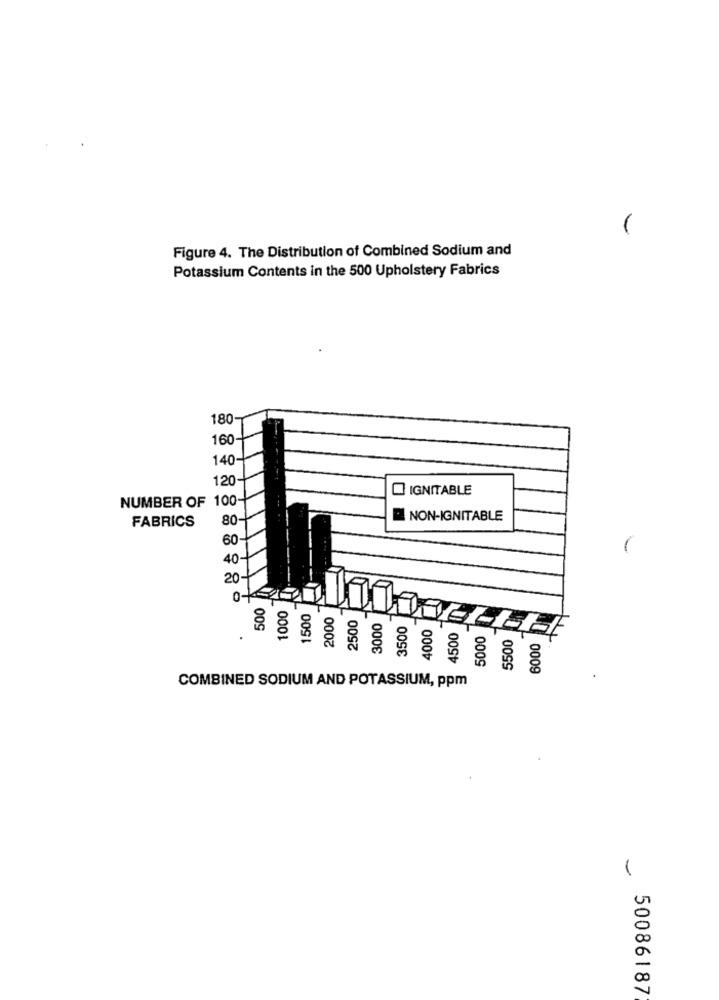
1
Figure 4. The Distribution of Combined Sodium and
Potassium Contents in the 500 Upholstery Fabrics
180-
160-
140-
120
IGNITABLE
NUMBER OF 100-
FABRICS
80
NON-IGNITABLE
60
40
20
500
2500
3000
3500
.
4000
4500
5000
888
5500
6000
COMBINED SODIUM AND POTASSIUM, ppm
50086187